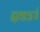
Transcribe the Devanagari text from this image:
दावाअर्ज